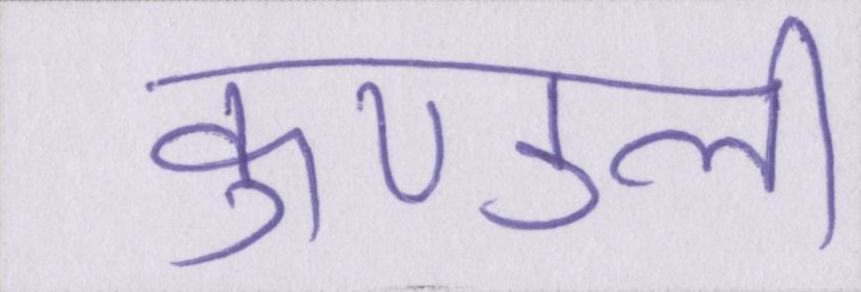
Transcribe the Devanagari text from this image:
कुण्डली